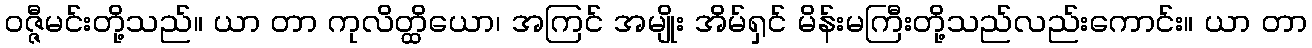
ဝဇ္ဇီမင်းတို့သည်။ ယာ တာ ကုလိတ္ထိယော၊ အကြင် အမျိုး အိမ်ရှင် မိန်းမကြီးတို့သည်လည်းကောင်း။ ယာ တာ